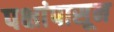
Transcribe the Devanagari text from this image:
पक्षांपासून